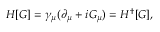
H [ G ] = \gamma _ { \mu } ( \partial _ { \mu } + i G _ { \mu } ) = H ^ { \dagger } [ G ] ,